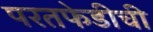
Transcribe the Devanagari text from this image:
परतफेडीची